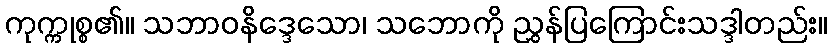
ကုက္ကုစ္စ၏။ သဘာဝနိဒ္ဒေသော၊ သဘောကို ညွှန်ပြကြောင်းသဒ္ဒါတည်း။